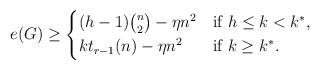
LaTeX: \begin{align*} e(G)\ge\begin{cases*} (h-1)\binom{n}{2}-\eta n^2 & if \(h\le k<k^*\), \\ kt_{r-1}(n)-\eta n^2 & if \(k\ge k^*\). \end{cases*} \end{align*}